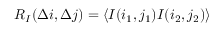
R _ { I } ( \Delta i , \Delta j ) = \langle I ( i _ { 1 } , j _ { 1 } ) I ( i _ { 2 } , j _ { 2 } ) \rangle